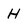
Character: H